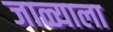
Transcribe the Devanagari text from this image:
जाळ्याला